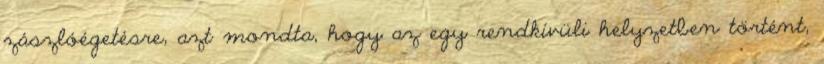
zászlóégetésre, azt mondta, hogy az egy rendkívüli helyzetben történt,